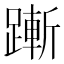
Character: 𬧋